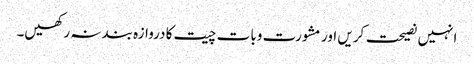
انہیں نصیحت کریں اور مشورت وبات چیت کا دروازہ بند نہ رکھیں۔